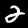
Digit: 2